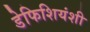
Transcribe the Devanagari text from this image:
डेफिशियंशी